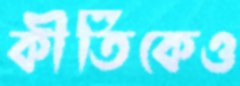
কীর্তিকেও